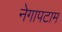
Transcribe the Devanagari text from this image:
नेगापटाम